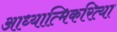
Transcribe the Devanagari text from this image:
आध्यात्मिकरित्या